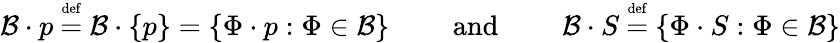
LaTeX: {\mathcal{B}}\cdot p~{\stackrel{\scriptscriptstyle{\mathrm{def}}}{=}}~{\mathcal{B}}\cdot\{ p\} =\{ \Phi\cdot p:\Phi\in{\mathcal{B}}\} \qquad{\mathrm{~and~}}\qquad{\mathcal{B}}\cdot S~{\stackrel{\scriptscriptstyle{\mathrm{def}}}{=}}~\{ \Phi\cdot S:\Phi\in{\mathcal{B}}\}